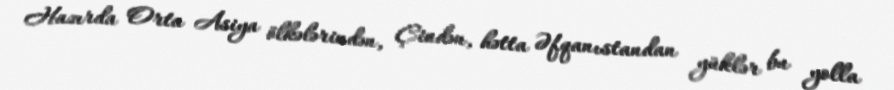
Hazırda Orta Asiya ölkələrindən, Çindən, hətta Əfqanıstandan yüklər bu yolla